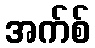
အက်စ်